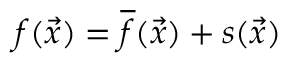
f ( \vec { x } ) = \overline { { f } } ( \vec { x } ) + s ( \vec { x } )